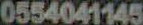
0554041145